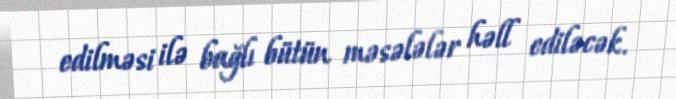
edilməsi ilə bağlı bütün məsələlər həll ediləcək.